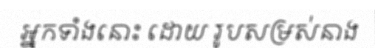
អ្នកទាំងនោះ ដោយ រូបសម្រស់នាង